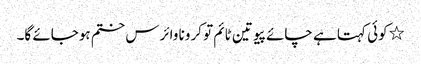
٭کوئی کہتا ہے چائے پیو تین ٹائم تو کرونا وائرس ختم ہوجائے گا۔